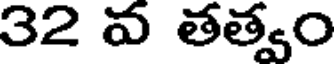
32 వ తత్వం